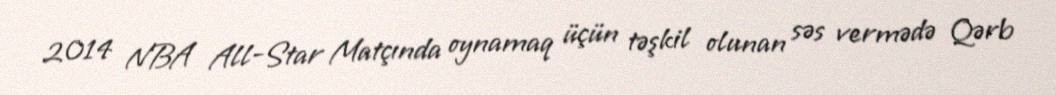
2014 NBA All-Star Matçında oynamaq üçün təşkil olunan səs vermədə Qərb